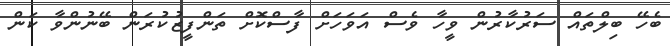
ބެހޭ ބިލްތައް ސަރުކާރުން ވީހާ ވެސް އަވަހަށް ފާސްކޮށް ތަންފީޒުކުރަން ބޭނުންވާ ކަން